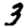
Digit: 3